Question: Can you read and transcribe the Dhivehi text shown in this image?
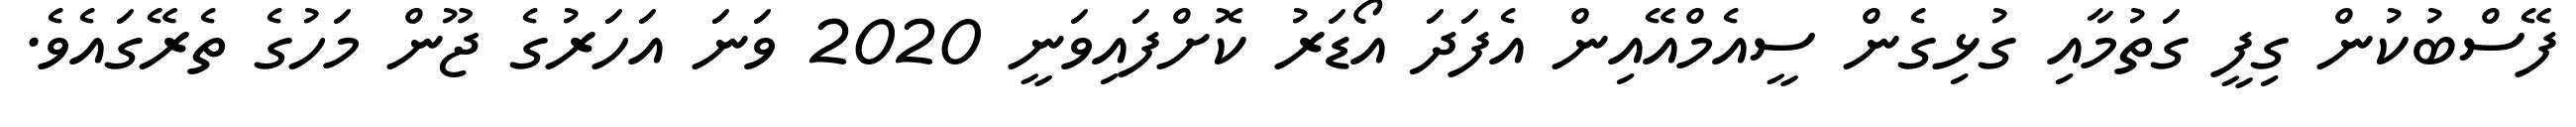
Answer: ފޭސްބުކުން ގިފީ ގަތުމާއި ގުޅިގެން ސީއެމްއޭއިން އެފަދަ އޯޑަރު ކޮށްފައިވަނީ 2020 ވަނަ އަހަރުގެ ޖޫން މަހުގެ ތެރޭގައެވެ.